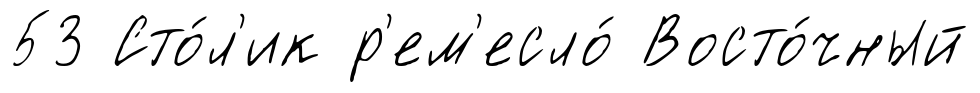
53 Сто́л'ик р'ем'есло́ Восто́чный